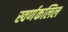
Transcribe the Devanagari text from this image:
स्वर्णकलिल